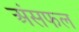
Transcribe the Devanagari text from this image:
अंसफल